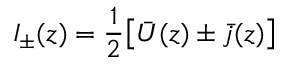
I _ { \pm } ( z ) = \frac { 1 } { 2 } \big [ \bar { U } ( z ) \pm \bar { j } ( z ) \big ]